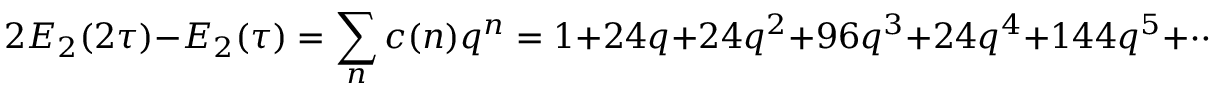
2 E _ { 2 } ( 2 \tau ) - E _ { 2 } ( \tau ) = \sum _ { n } c ( n ) q ^ { n } = 1 + 2 4 q + 2 4 q ^ { 2 } + 9 6 q ^ { 3 } + 2 4 q ^ { 4 } + 1 4 4 q ^ { 5 } + \cdots